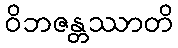
ဝိဘဇန္တဿာတိ